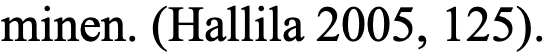
minen. (Hallila 2005, 125).